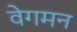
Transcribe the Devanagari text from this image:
वेगमन